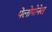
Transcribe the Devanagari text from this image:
पेलोपोनेस्